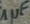
Text: 1µF